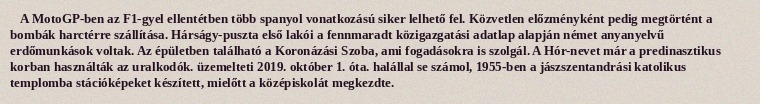
A MotoGP-ben az F1-gyel ellentétben több spanyol vonatkozású siker lelhető fel. Közvetlen előzményként pedig megtörtént a bombák harctérre szállítása. Hárságy-puszta első lakói a fennmaradt közigazgatási adatlap alapján német anyanyelvű erdőmunkások voltak. Az épületben található a Koronázási Szoba, ami fogadásokra is szolgál. A Hór-nevet már a predinasztikus korban használták az uralkodók. üzemelteti 2019. október 1. óta. halállal se számol, 1955-ben a jászszentandrási katolikus templomba stációképeket készített, mielőtt a középiskolát megkezdte.